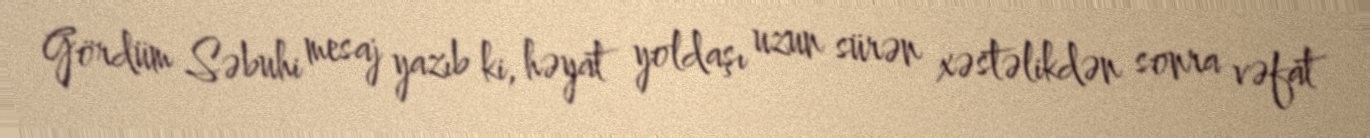
Gördüm Səbuhi mesaj yazıb ki, həyat yoldaşı uzun sürən xəstəlikdən sonra vəfat